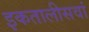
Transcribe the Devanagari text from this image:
इकतालीसवां